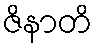
ဇိနာတိ